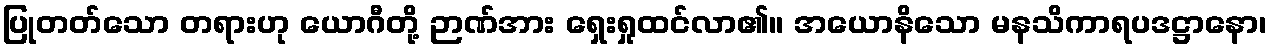
ပြုတတ်သော တရားဟု ယောဂီတို့ ဉာဏ်အား ရှေးရှုထင်လာ၏။ အယောနိသော မနသိကာရပဒဋ္ဌာနော၊